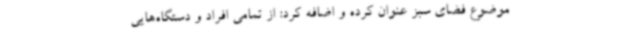
موضوع فضای سبز عنوان کرده و اضافه کرد: از تمامی افراد و دستگاه‌هایی